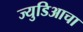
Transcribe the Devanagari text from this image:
ज्युडिआचा